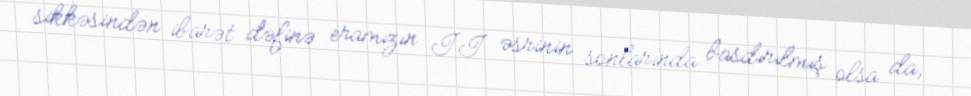
sikkəsindən ibarət dəfinə eramızın II əsrinin sonlarında basdırılmış olsa da,